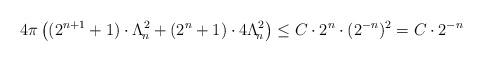
LaTeX: \begin{align*}4\pi \left( (2^{n+1}+1)\cdot\Lambda_{\!n}^{2} + (2^n+1)\cdot 4\Lambda_{\!n}^{2}\right)\leq C\cdot 2^n\cdot ({2^{-n}})^2 = C\cdot 2^{-n}\end{align*}